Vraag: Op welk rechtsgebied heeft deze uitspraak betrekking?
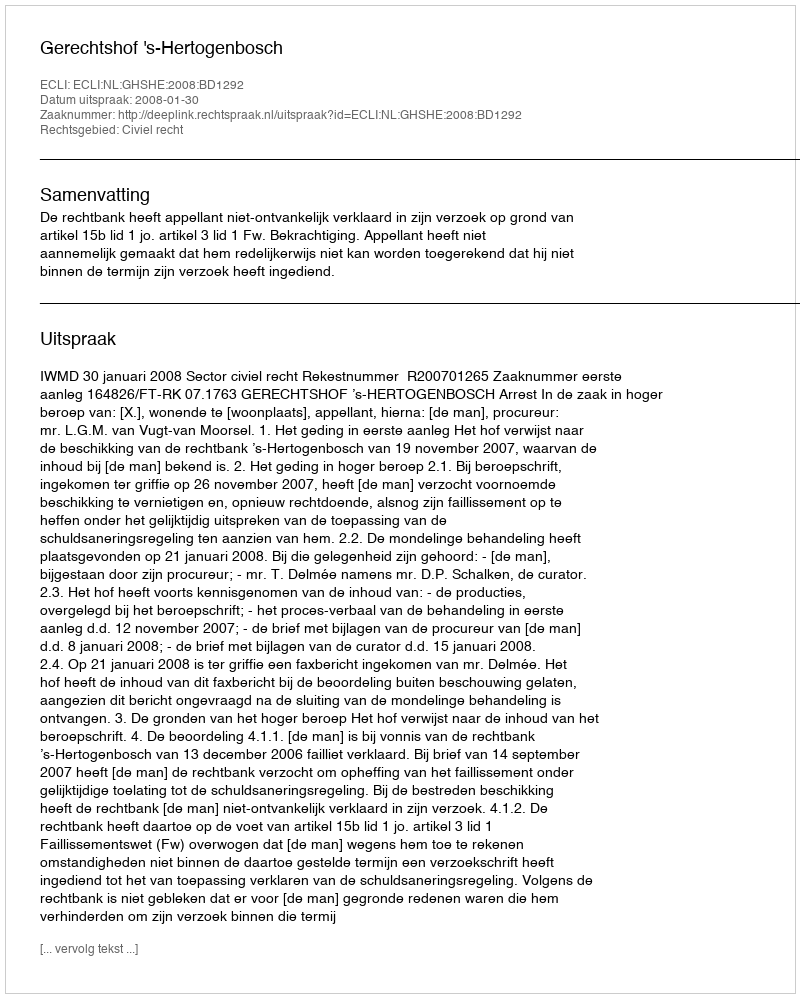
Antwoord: Civiel recht